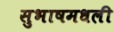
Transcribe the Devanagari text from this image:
सुभाषमधली